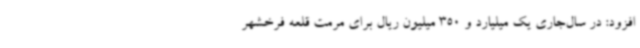
افزود: در سال‌جاری یک میلیارد و 350 میلیون ریال برای مرمت قلعه فرخشهر